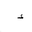
Letter: _hamza